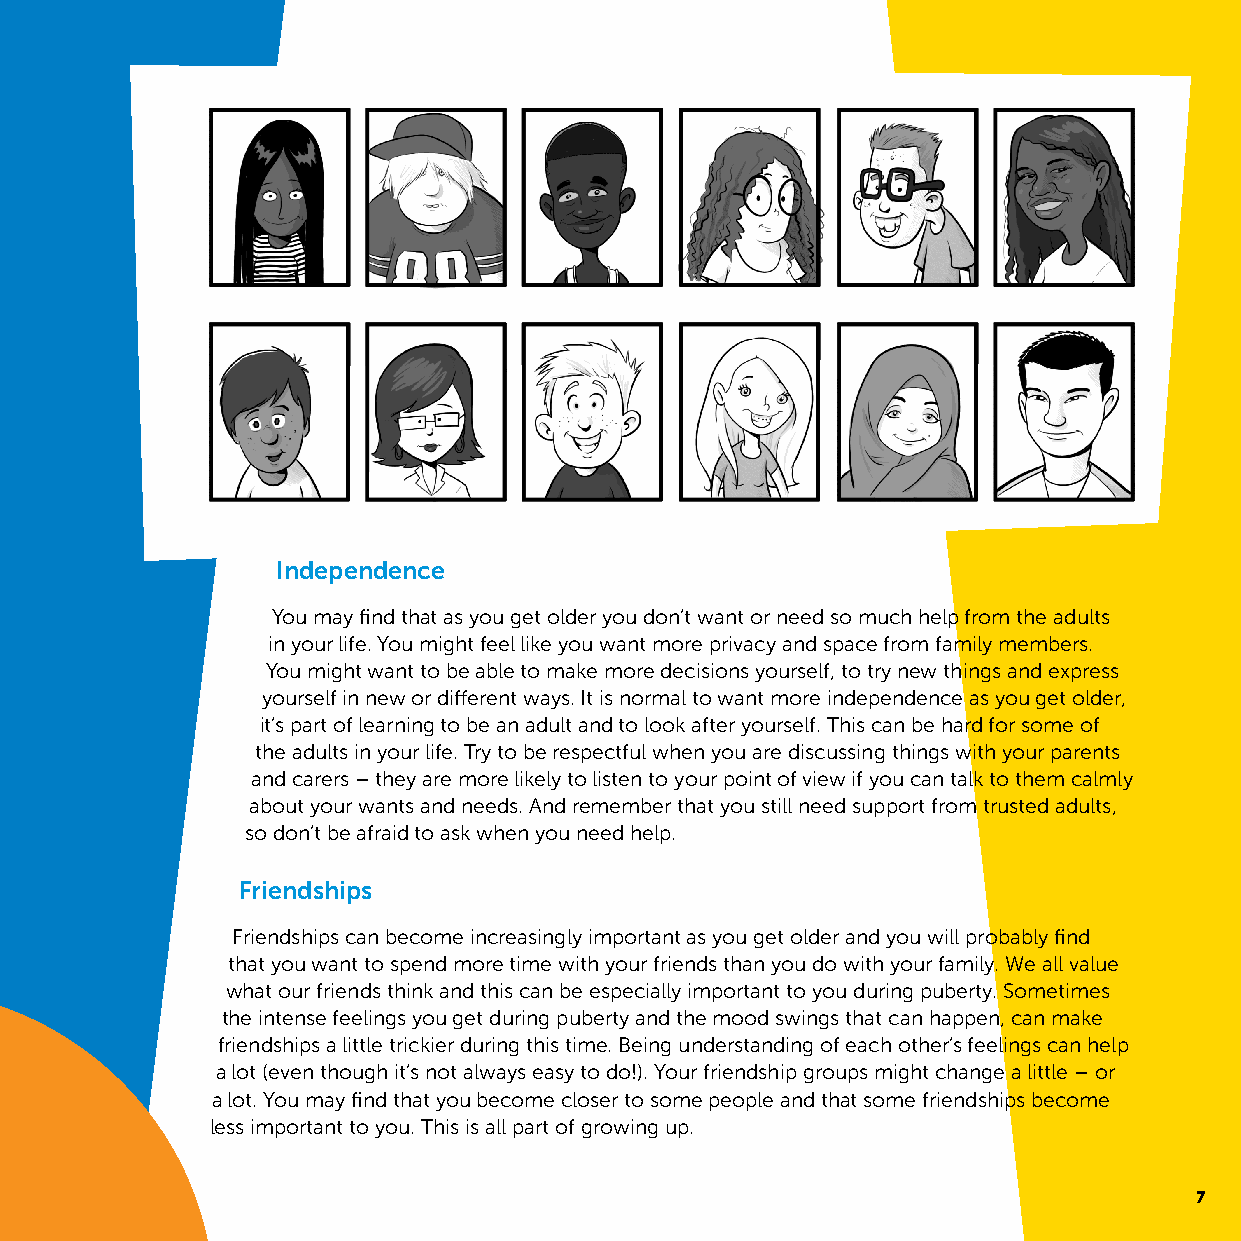
Independence
 You may find that as you get older you don’t want or need so much help from the adults
 in your life. You might feel like you want more privacy and space from family members.
 You might want to be able to make more decisions yourself, to try new things and express
 yourself in new or different ways. It is normal to want more independence as you get older,
 it’s part of learning to be an adult and to look after yourself. This can be hard for some of
 the adults in your life. Try to be respectful when you are discussing things with your parents
 and carers – they are more likely to listen to your point of view if you can talk to them calmly
 about your wants and needs. And remember that you still need support from trusted adults,
 so don’t be afraid to ask when you need help.
 Friendships
 Friendships can become increasingly important as you get older and you will probably find
 that you want to spend more time with your friends than you do with your family. We all value
 what our friends think and this can be especially important to you during puberty. Sometimes
 the intense feelings you get during puberty and the mood swings that can happen, can make
 friendships a little trickier during this time. Being understanding of each other’s feelings can help
 a lot (even though it’s not always easy to do!). Your friendship groups might change a little – or
 a lot. You may find that you become closer to some people and that some friendships become
 less important to you. This is all part of growing up.
 7